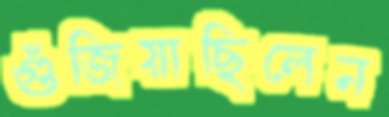
গুঁজিয়াছিলেন